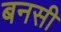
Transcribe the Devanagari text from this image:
बनसी